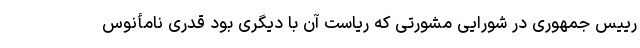
رییس جمهوری در شورایی مشورتی که ریاست آن با دیگری بود قدری نامأنوس